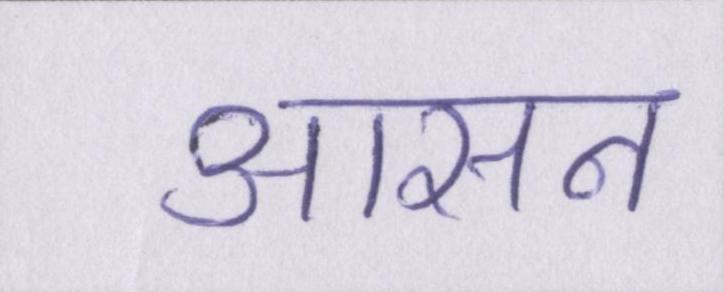
आसन